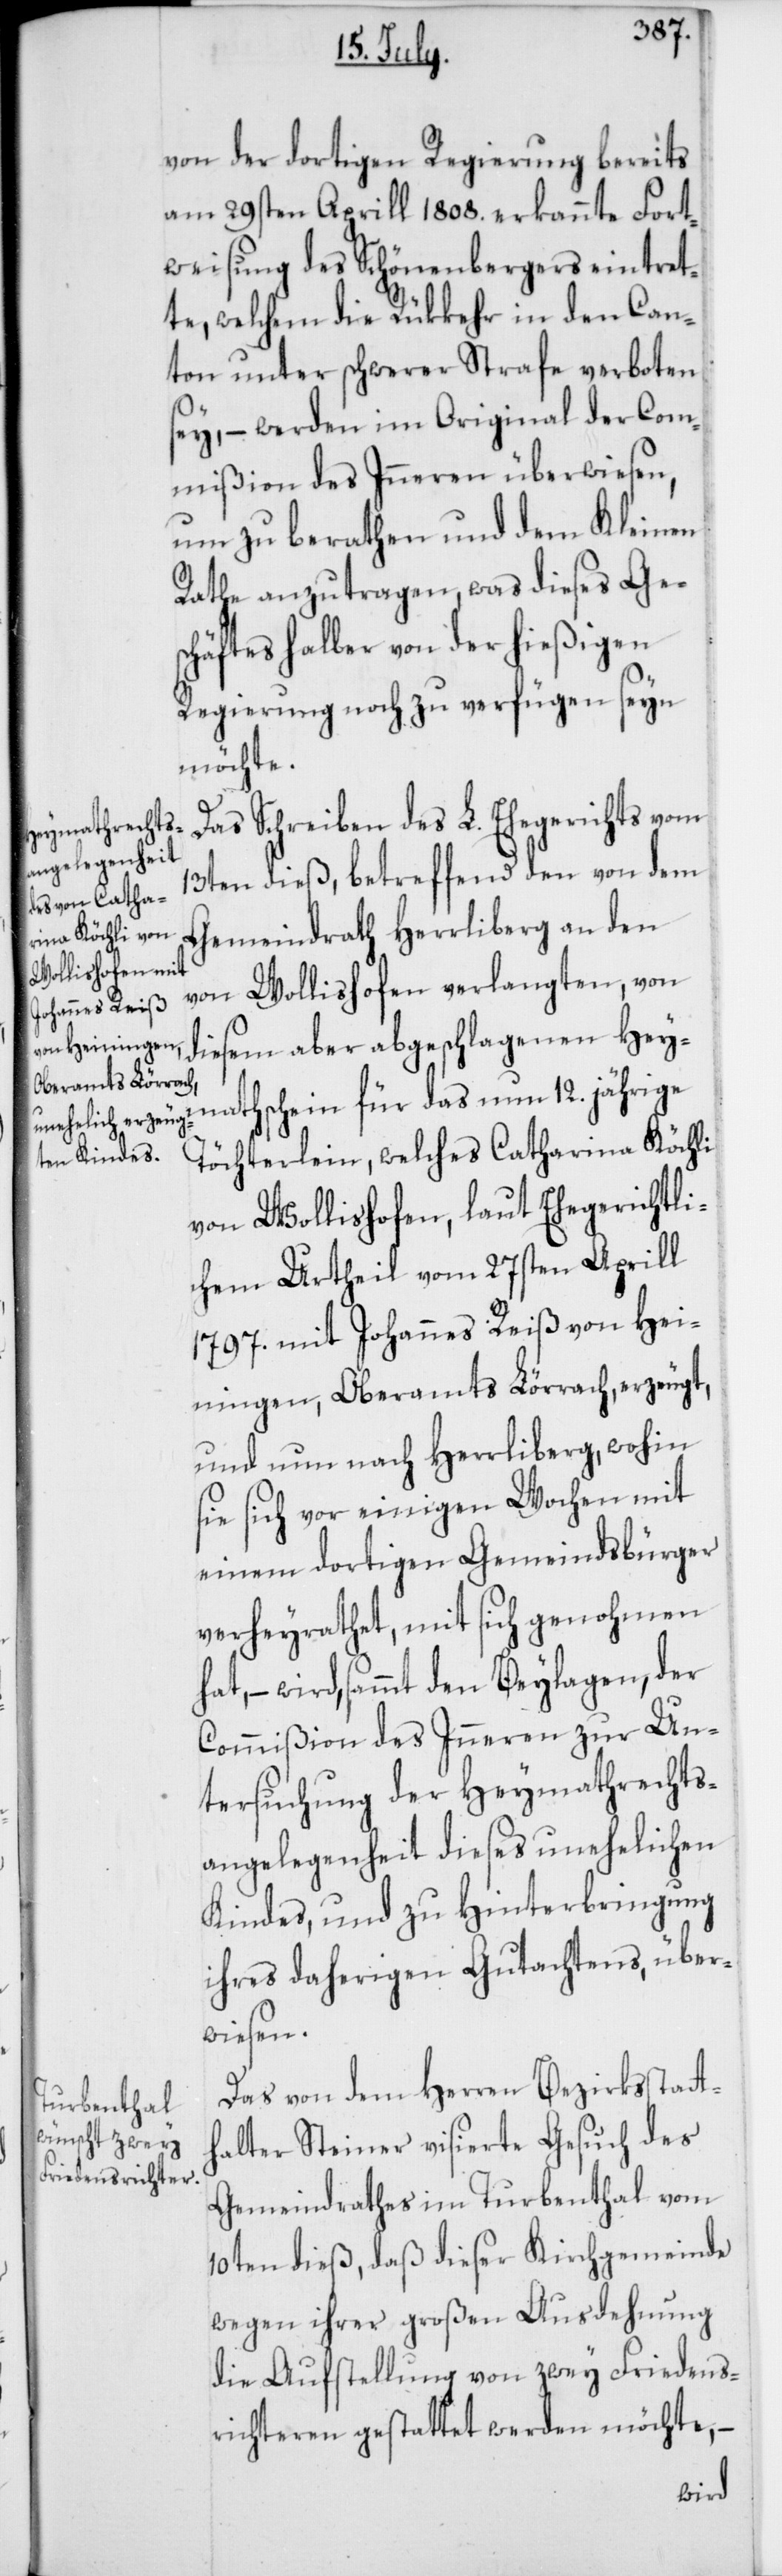
von der dortigen Regierung bereits
am 29sten Aprill 1808. erkannte Fort¬
weisung des Schönenbergers eintret¬
te, welchem die Rükkehr in den Can¬
ton unter schwerer Strafe verboten
sey, – werden im Original der Com¬
mißion des Inneren überwiesen,
um zu berathen und dem Kleinen
Rathe anzutragen, was dieses Ge¬
schäftes halber von der hießigen
Regierung noch zu verfügen seyn
möchte.
Das Schreiben des L. Ehegerichts vom
13ten dieß, betreffend den von dem
Gemeindrath Herrliberg an den
von Wollishofen verlangten, von
diesem aber abgeschlagenen Hey¬
mathschein für das nun 12. jährige
Töchterlein, welches Catharina Köchli
von Wollishofen, laut Ehegerichtli¬
chem Urtheil vom 27sten Aprill
1797. mit Johannes Reiß von Hei¬
ningen, Oberamts Lörrach, erzeugt,
und nun nach Herrliberg, wohin
sie sich vor einigen Wochen mit
einem dortigen Gemeindsbürger
verheyrathet, mit sich genohmen
– wird, sammt den Beylagen, der
Commißion des Inneren zur Un¬
tersuchung der Heymathrechts¬
angelegenheit dieses unehelichen
Kindes, und zu Hinterbringung
ihres daherigen Gutachtens, über¬
wiesen.
Das von dem Herren Bezirksstatt¬
halter Steiner visierte Gesuch des
Gemeindrathes im Turbenthal vom
10ten dieß, daß dieser Kirchgemeinde
wegen ihrer großen Ausdehnung
die Aufstellung von zwey Friedens¬
richteren gestattet werden möchte, –